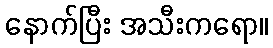
နောက်ပြီး အသီးကရော။